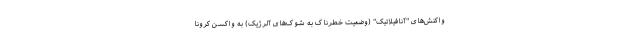
واکنش‌های "آنافیلاتیک" (وضعیت خطرناک به شوک‌های آلرژیک) به واکسن کرونا